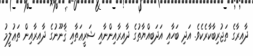
ދާއިރާގެ ތަޖުރިބާކާރެކެވެ. އަދި ބަހާއި އަދަބިއްޔާތުގެ ދާއިރާއިންނާއި ޝަރީޢަތާއި ޤާނޫނުގެ ދާއިރާއިން ތަޢުލީމު